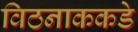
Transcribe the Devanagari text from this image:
विठनाककडे